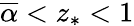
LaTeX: \overline{{\alpha}}<z_{*}<1